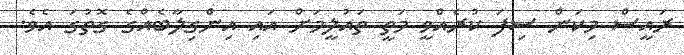
ރައީސް މިކަން ސިފަ ކުރެއްވީ މަތީ ތައުލީމަށް އައި އިންގިލާބެއްގެ ގޮތުގަ އެވެ.